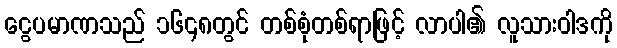
ငွေပမာဏသည် ၁၆၄၈တွင် တစ်စုံတစ်ရာဖြင့် လာပါ၏ လူသားဝါဒကို